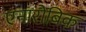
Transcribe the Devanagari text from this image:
एनारोबिक